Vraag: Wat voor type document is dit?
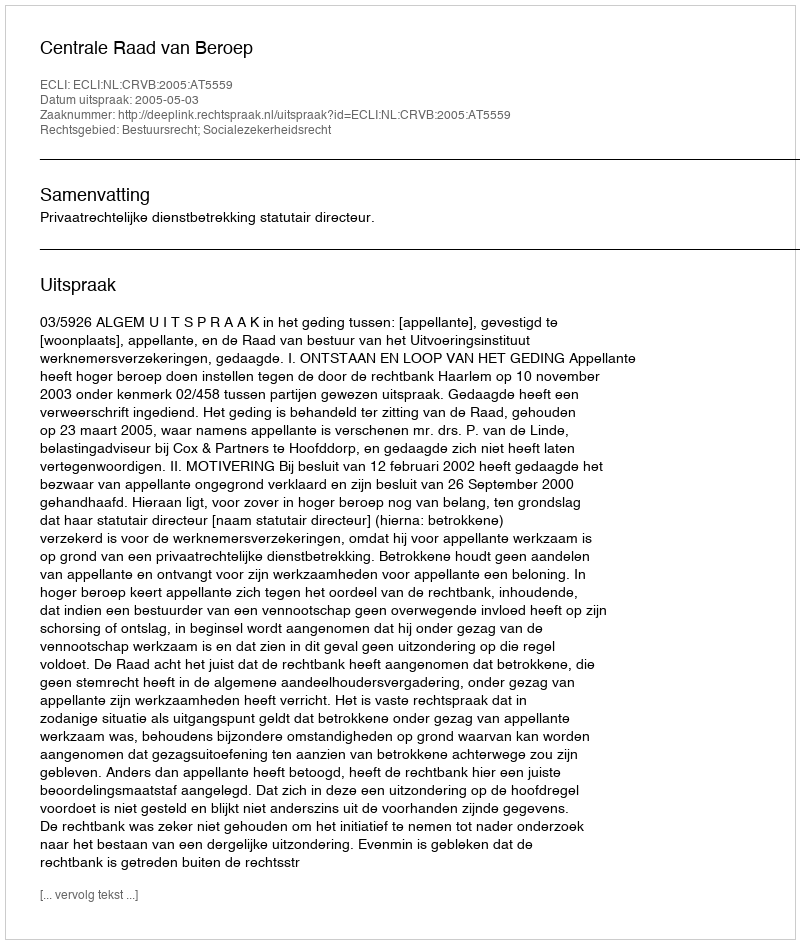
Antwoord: Uitspraak